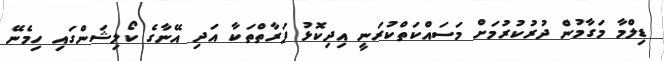
ޑިލްމާ މަގާމުން ދުރުކުރުމަށް މަސައްކަތްކުރަނީ އިދިކޮޅު ފަރާތްތަކާ އަދި އޭނާގެ ކޯލިޝަންގައި ހިމެނޭ